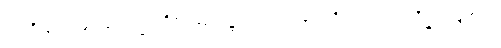
အခံရှိခြင်း၊ မြစ် လေးမြွာတို့၏ ဆုံရာ၌တည်ထားခြင်းတို့ကြောင့် ရာသီဥတု မျှတ၍